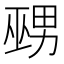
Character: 𱜚